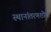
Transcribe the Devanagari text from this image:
स्थानांतरणशील